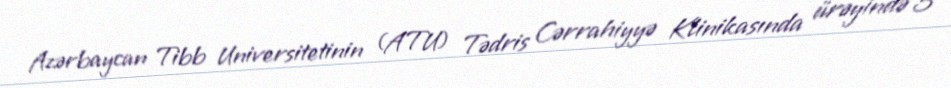
Azərbaycan Tibb Universitetinin (ATU) Tədris Cərrahiyyə Klinikasında ürəyində 5